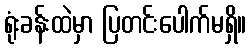
ရုံးခန်းထဲမှာ ပြတင်းပေါက်မရှိ။